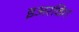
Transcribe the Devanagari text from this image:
इअरविग